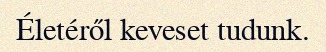
Életéről keveset tudunk.